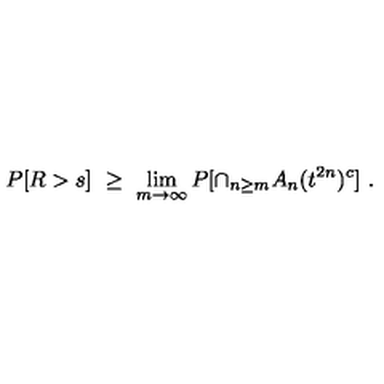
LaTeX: P [ R > s ] \ \ge \ \lim _ { m \to \infty } P [ \cap _ { n \ge m } A _ { n } ( t ^ { 2 n } ) ^ { c } ] \ .